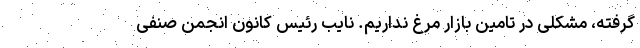
گرفته، مشکلی در تامین بازار مرغ نداریم. نایب رئیس کانون انجمن صنفی